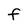
Character: F